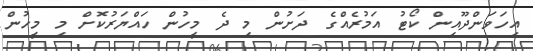
އިހަވަންދޫއިން ކޯޓު އަމުރެއްގެ ދަށުން މި ދެ މީހުން ހައްޔަރުކޮށް މި މީހުން